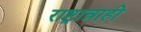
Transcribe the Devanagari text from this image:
राष्ट्रान्नाही